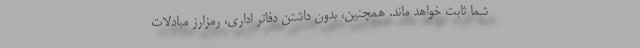
شما ثابت خواهد ماند. همچنین، بدون داشتن دفاتر اداری، رمزارز مبادلات